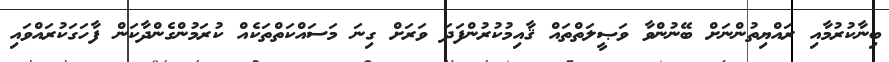
ބިނާކުރުމާއި ރައްޔިތުންނަށް ބޭނުންވާ ވަޞީލަތްތައް ޤާއިމުކުރުންފަދަ ވަރަށް ގިނަ މަސައްކަތްތަކެއް ކުރަމުންގެންދާކަން ފާހަގަކުރައްވައި